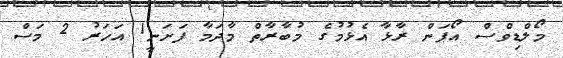
މޯލްޑިވްސް އޯޕަން ރާޅާ އެޅުމުގެ މުބާރާތް މާދަމާ ފަށަނީ1 އަހަރު 2 މަސް